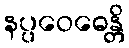
နပ္ပဝေဓေန္တိ